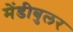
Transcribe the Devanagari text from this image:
मेंडीबुलर